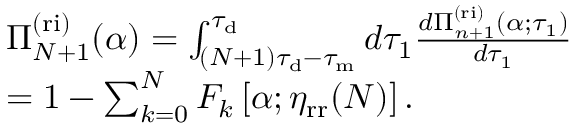
\begin{array} { r l } & { \Pi _ { N + 1 } ^ { \mathrm { ( r i ) } } ( \alpha ) = \int _ { ( N + 1 ) \tau _ { \mathrm { d } } - \tau _ { \mathrm { m } } } ^ { \tau _ { \mathrm { d } } } d \tau _ { 1 } \frac { d \Pi _ { n + 1 } ^ { \mathrm { ( r i ) } } ( \alpha ; \tau _ { 1 } ) } { d \tau _ { 1 } } } \\ & { = 1 - \sum _ { k = 0 } ^ { N } F _ { k } \left[ \alpha ; \eta _ { \mathrm { r r } } ( N ) \right] . } \end{array}